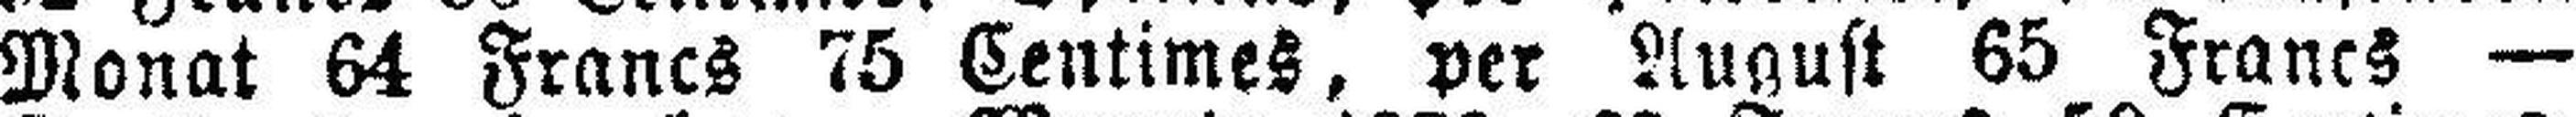
Monat 64 Francs 75 Centimes, per August 65 Francs —